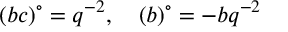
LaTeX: ( \d a \d b \d c \d d ) ^ { \circ } = q ^ { - 2 } , \quad ( \d a \d b \d d ) ^ { \circ } = - \d b q ^ { - 2 }